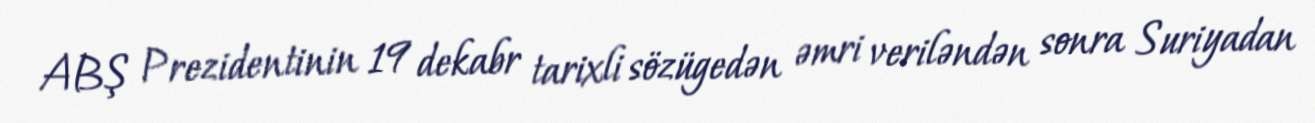
ABŞ Prezidentinin 19 dekabr tarixli sözügedən əmri veriləndən sonra Suriyadan